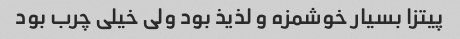
پیتزا بسیار خوشمزه و لذیذ بود ولی خیلی چرب بود